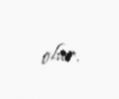
olur.